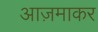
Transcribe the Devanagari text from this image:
आज़माकर